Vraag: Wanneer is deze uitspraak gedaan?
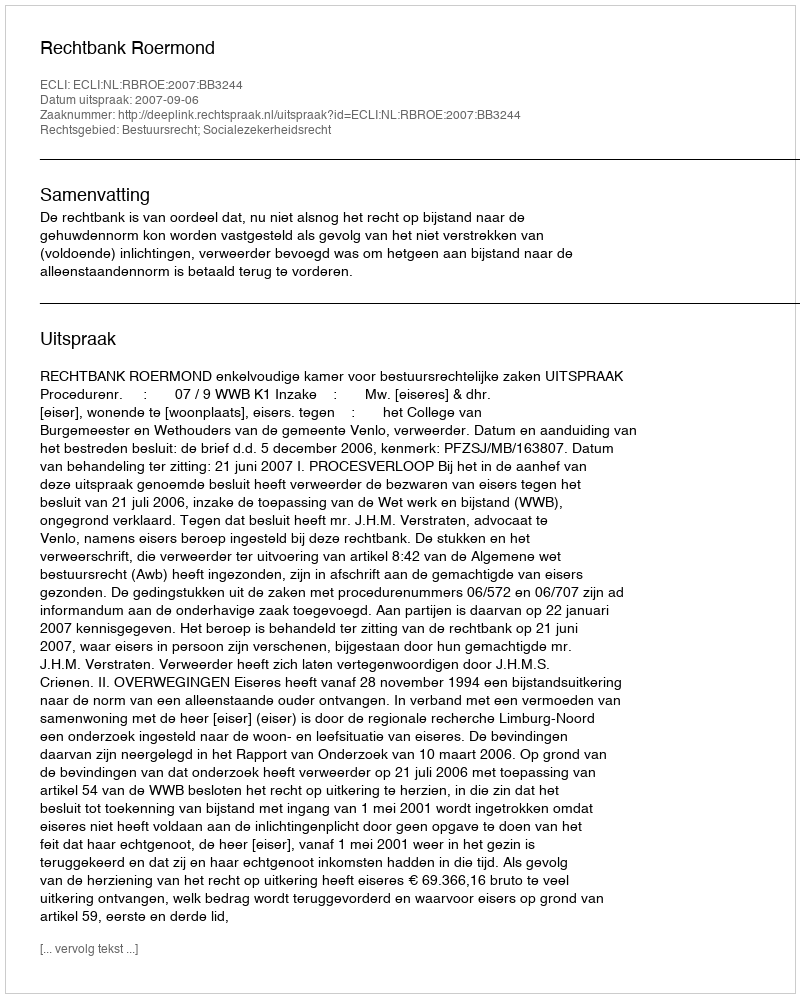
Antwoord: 2007-09-06